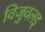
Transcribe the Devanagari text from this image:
विजुवलइ